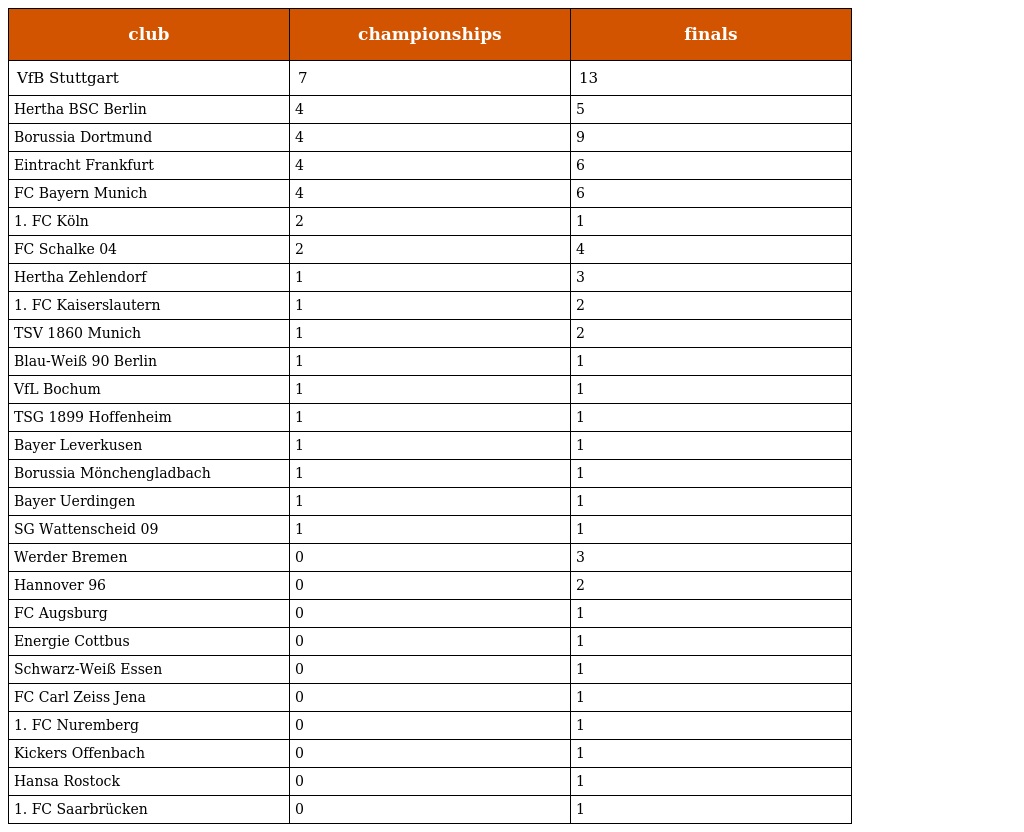
| club | championships | finals |
 | --- | --- | --- |
 | VfB Stuttgart | 7 | 13 |
 | Hertha BSC Berlin | 4 | 5 |
 | Borussia Dortmund | 4 | 9 |
 | Eintracht Frankfurt | 4 | 6 |
 | FC Bayern Munich | 4 | 6 |
 | 1. FC Köln | 2 | 1 |
 | FC Schalke 04 | 2 | 4 |
 | Hertha Zehlendorf | 1 | 3 |
 | 1. FC Kaiserslautern | 1 | 2 |
 | TSV 1860 Munich | 1 | 2 |
 | Blau-Weiß 90 Berlin | 1 | 1 |
 | VfL Bochum | 1 | 1 |
 | TSG 1899 Hoffenheim | 1 | 1 |
 | Bayer Leverkusen | 1 | 1 |
 | Borussia Mönchengladbach | 1 | 1 |
 | Bayer Uerdingen | 1 | 1 |
 | SG Wattenscheid 09 | 1 | 1 |
 | Werder Bremen | 0 | 3 |
 | Hannover 96 | 0 | 2 |
 | FC Augsburg | 0 | 1 |
 | Energie Cottbus | 0 | 1 |
 | Schwarz-Weiß Essen | 0 | 1 |
 | FC Carl Zeiss Jena | 0 | 1 |
 | 1. FC Nuremberg | 0 | 1 |
 | Kickers Offenbach | 0 | 1 |
 | Hansa Rostock | 0 | 1 |
 | 1. FC Saarbrücken | 0 | 1 |